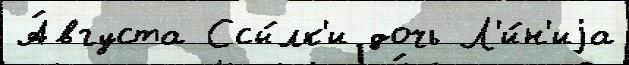
А́вгуста Ссы́лк'и дочь Л'и́н'иjа